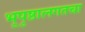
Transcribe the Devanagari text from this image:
भूपृष्ठालगतचा